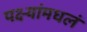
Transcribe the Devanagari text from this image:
पक्ष्यांमधलं